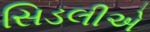
સિડલીએ